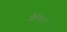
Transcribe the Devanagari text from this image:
जैनिटर